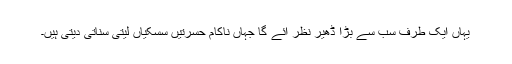
یہاں ایک طرف سب سے بڑا ڈھیر نظر آئے گا جہاں ناکام حسرتیں سسکیاں لیتی سناتی دیتی ہیں۔